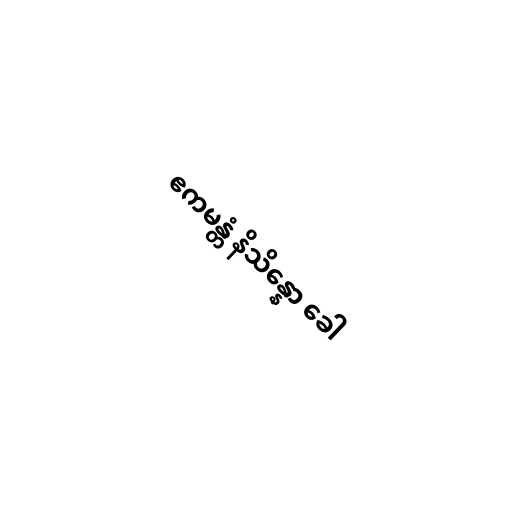
ဧကမန္တံ နိသိန္နော ခေါ